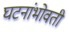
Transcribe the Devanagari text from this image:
घटनांभोवती